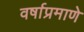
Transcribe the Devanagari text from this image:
वर्षाप्रमाणे